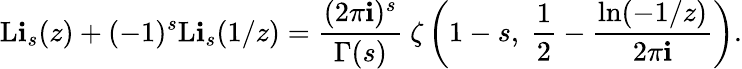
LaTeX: \operatorname{L\mathbf{i}}_{s}(z)+(-1)^{s}\operatorname{L\mathbf{i}}_{s}(1/z)={\frac{{(2\pi\mathbf{i})^{s}}}{{\Gamma(s)}}}~\zeta\left(1-s,~{\frac{{1}}{{2}}}-{\frac{{\ln(-1/z)}}{{2\pi\mathbf{i}}}}\right).